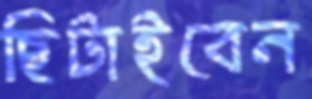
ছিটাইবেন